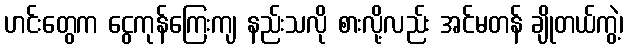
ဟင်းတွေက ငွေကုန်ကြေးကျ နည်းသလို စားလို့လည်း အင်မတန် ချိုတယ်ကွဲ့၊